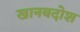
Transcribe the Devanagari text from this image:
खानबदोश